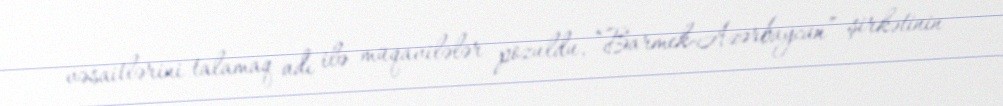
vəsaitlərini talamaq adı ilə müqavilələr pozuldu, “Barmek-Azərbaycan” şirkətinin